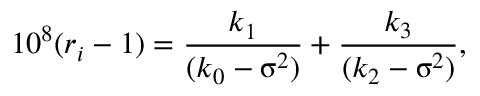
1 0 ^ { 8 } ( r _ { i } - 1 ) = \frac { k _ { 1 } } { ( k _ { 0 } - \upsigma ^ { 2 } ) } + \frac { k _ { 3 } } { ( k _ { 2 } - \upsigma ^ { 2 } ) } ,